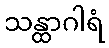
သန္ထာဂါရံ